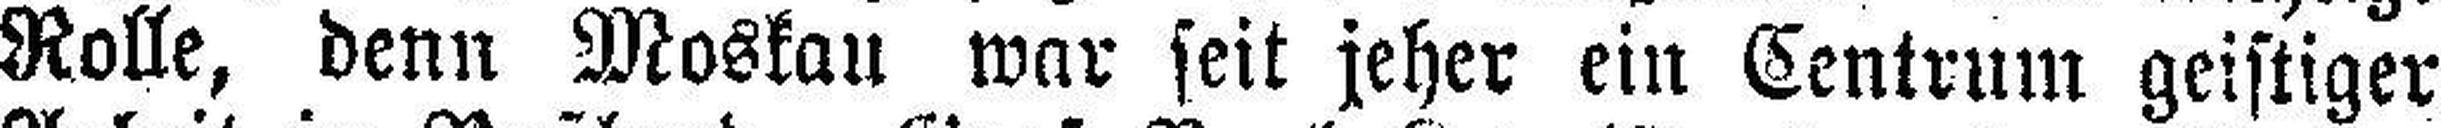
Rolle, denn Moskau war seit jeher ein Centrum geistiger